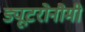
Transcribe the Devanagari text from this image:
ड्यूटरोनौमी